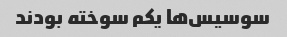
سوسیس‌ها یکم سوخته بودند